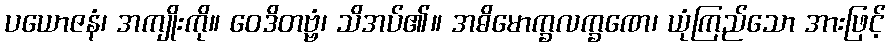
ပယောဇနံ၊ အကျိုးကို။ ဝေဒိတဗ္ဗံ၊ သိအပ်၏။ အဓိမောက္ခလက္ခဏေ၊ ယုံကြည်သော အားဖြင့်